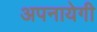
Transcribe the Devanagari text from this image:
अपनायेगी